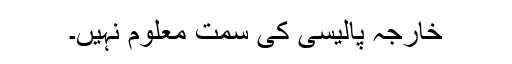
خارجہ پالیسی کی سمت معلوم نہیں۔